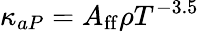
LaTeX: \kappa_{aP}=A_{\mathrm{ff}}\rho T^{-3.5}